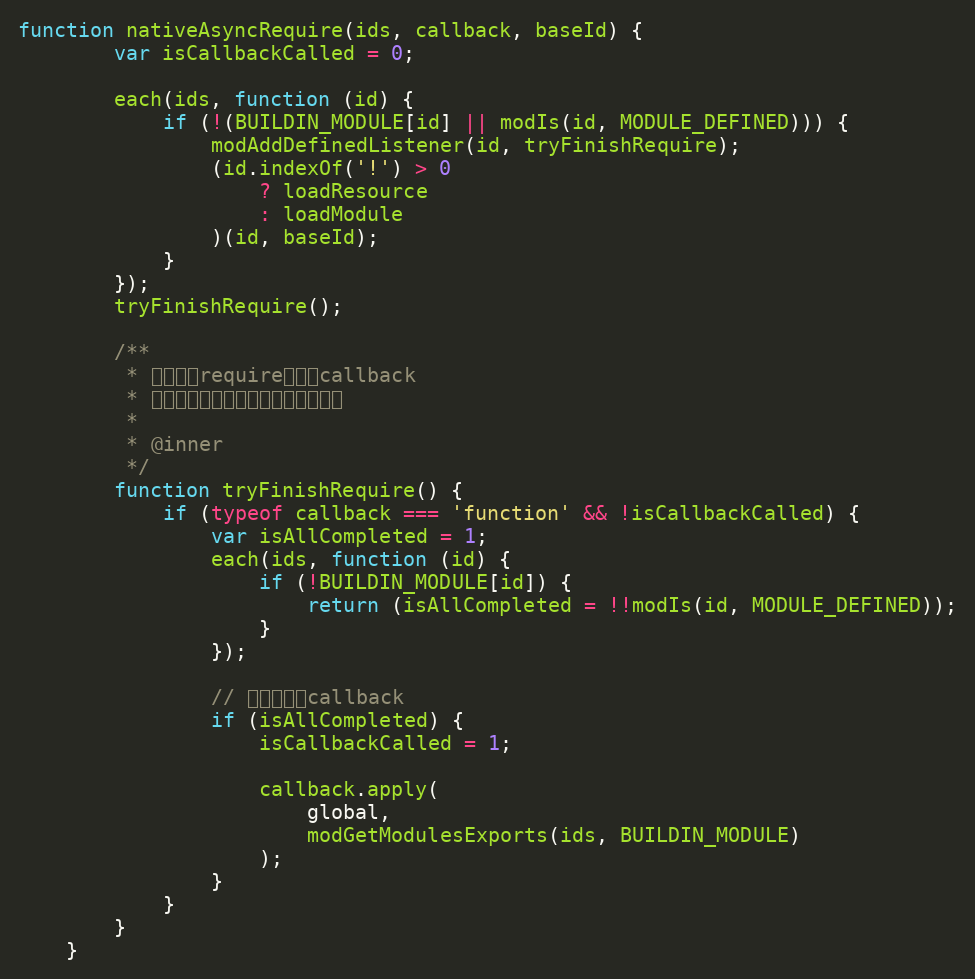
Language: JavaScript
function nativeAsyncRequire(ids, callback, baseId) {
        var isCallbackCalled = 0;

        each(ids, function (id) {
            if (!(BUILDIN_MODULE[id] || modIs(id, MODULE_DEFINED))) {
                modAddDefinedListener(id, tryFinishRequire);
                (id.indexOf('!') > 0
                    ? loadResource
                    : loadModule
                )(id, baseId);
            }
        });
        tryFinishRequire();

        /**
         * 尝试完成require，调用callback
         * 在模块与其依赖模块都加载完时调用
         *
         * @inner
         */
        function tryFinishRequire() {
            if (typeof callback === 'function' && !isCallbackCalled) {
                var isAllCompleted = 1;
                each(ids, function (id) {
                    if (!BUILDIN_MODULE[id]) {
                        return (isAllCompleted = !!modIs(id, MODULE_DEFINED));
                    }
                });

                // 检测并调用callback
                if (isAllCompleted) {
                    isCallbackCalled = 1;

                    callback.apply(
                        global,
                        modGetModulesExports(ids, BUILDIN_MODULE)
                    );
                }
            }
        }
    }